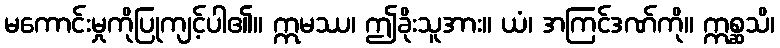
မကောင်းမှုကိုပြုကျင့်ပါ၏။ ဣမဿ၊ ဤခိုးသူအား။ ယံ၊ အကြင်ဒဏ်ကို။ ဣစ္ဆသိ၊